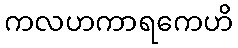
ကလဟကာရကေဟိ